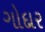
ગોદાર